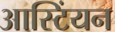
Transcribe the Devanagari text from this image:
आस्टिंयन